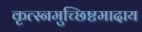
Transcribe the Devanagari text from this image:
कृत्स्नमुच्छिष्टमादाय